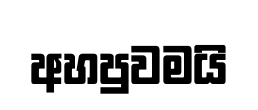
අහපුවමයි